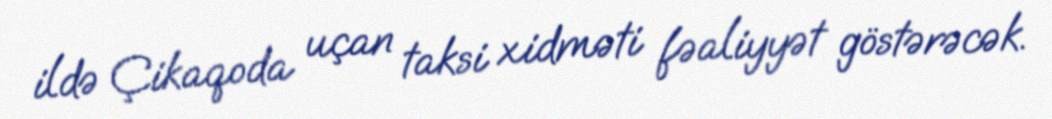
ildə Çikaqoda uçan taksi xidməti fəaliyyət göstərəcək.